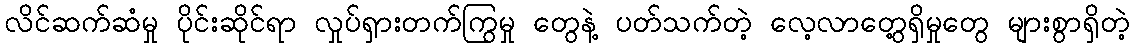
လိင်ဆက်ဆံမှု ပိုင်းဆိုင်ရာ လှုပ်ရှားတက်ကြွမှု တွေနဲ့ ပတ်သက်တဲ့ လေ့လာတွေ့ရှိမှုတွေ များစွာရှိတဲ့